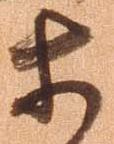
等